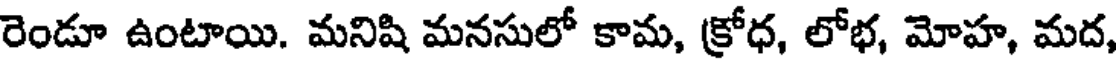
రెండూ ఉంటాయి. మనిషి మనసులో కామ, క్రోధ, లోభ, మోహ, మద,